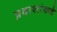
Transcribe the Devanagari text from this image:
प्रवाशांकडे